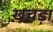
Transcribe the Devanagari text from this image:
ख़चड़ा